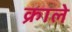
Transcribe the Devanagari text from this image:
क्राले